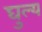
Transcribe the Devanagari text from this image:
घुल्य